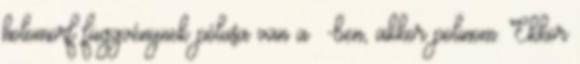
holomorf függvénynek pólusa van a ∞-ben, akkor polinom. Ekkor